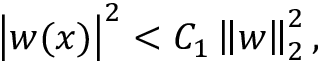
\left| w ( x ) \right| ^ { 2 } < C _ { 1 } \left\| w \right\| _ { 2 } ^ { 2 } ,